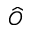
\widehat { O }